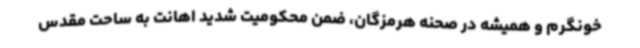
خونگرم و همیشه در صحنه هرمزگان، ضمن محکومیت شدید اهانت به ساحت مقدس